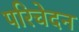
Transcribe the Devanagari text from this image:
परिचेदन